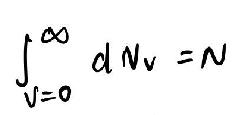
\[\int_{v = 0}^{\infty} dN_v = N\]